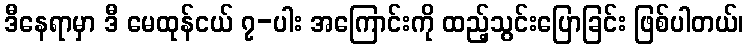
ဒီနေရာမှာ ဒီ မေထုန်ငယ် ၇-ပါး အကြောင်းကို ထည့်သွင်းပြောခြင်း ဖြစ်ပါတယ်၊